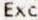
EXC